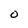
Character: O